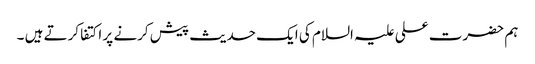
ہم حضرت علی علیہ السلام کی ایک حدیث پیش کرنے پر اکتفا کرتے ہیں ۔